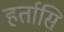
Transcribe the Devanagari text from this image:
हर्तासि